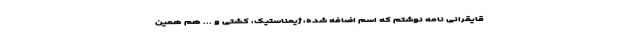
قایقرانی نامه نوشتم که اسم اضافه شده، ژیمناستیک، کشتی و ... هم همین